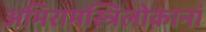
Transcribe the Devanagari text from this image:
अभिरामस्त्रिलोकानां